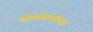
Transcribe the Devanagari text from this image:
लोकसंस्कृतीतही